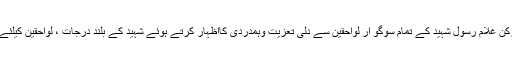
رابطہ کمیٹی نے فائرنگ کے باعث نواب شاہ یونٹ 8-Bکی یونٹ کمیٹی کے رکن غلام رسول شہید کے تمام سوگو ار لواحقین سے دلی تعزیت وہمدردی کااظہار کرتے ہوئے شہید کے بلند درجات ، لواحقین کیلئے صبرجمیل اور زخمی کارکنان کی جلد ومکمل صحت یابی کیلئے دعا بھی کی ۔